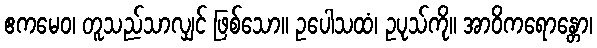
ဧကမေဝ၊ တူသည်သာလျှင် ဖြစ်သော။ ဥပေါသထံ၊ ဥပုသ်ကို။ အာဝိကရောန္တော၊